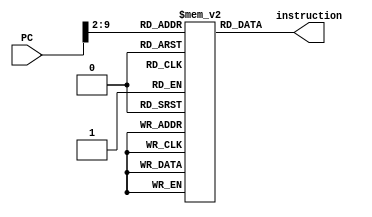
module Instruction_Memory(PC, instruction);
	input [31:0] PC; 
	output [31:0] instruction; 
	reg [31:0] instruction; 
	reg [31:0] IM [255:0]; 
	initial begin 
		 IM[0] = 32'h02002283;
		 IM[1] = 32'h01002303;
		 IM[2] = 32'h03002383;
		 IM[3] = 32'h0062e433;
		 IM[4] = 32'h00400493;
		 IM[5] = 32'h00740a63;
		 IM[6] = 32'h00402a03;
		 IM[7] = 32'h00102a93;
		 IM[8] = 32'h01502623;
		 IM[9] = 32'h014a8463;
               IM[10] = 32'hFe9308e3;
		 IM[11] = 32'h00c38863;
		 IM[12] = 32'h0063fb13;
               IM[13] = 32'h41640b33;
               IM[14] = 32'h00628033;
               IM[15] = 32'h005b0463;
               IM[16] = 32'h00a06513;
               IM[17] = 32'hFe700ce3;
               IM[18] = 32'h0062f433;


	end 
	always @ (PC ) 
		#15 instruction = IM[PC>>2]; 
endmodule